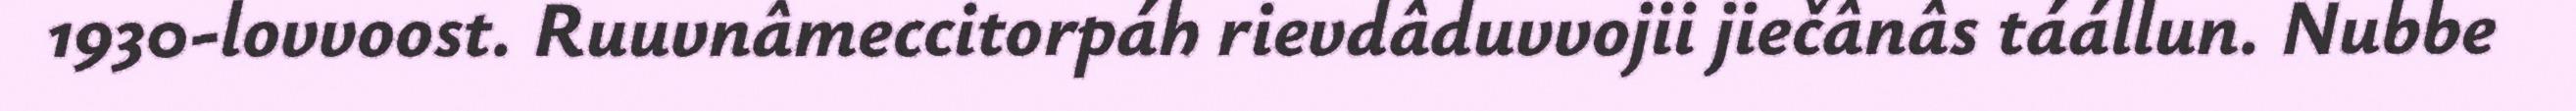
1930-lovvoost. Ruuvnâmeccitorpáh rievdâduvvojii jiečânâs táállun. Nubbe